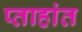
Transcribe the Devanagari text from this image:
प्ताहांत